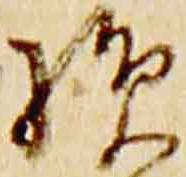
損